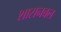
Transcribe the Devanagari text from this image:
शासनबल